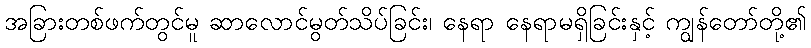
အခြားတစ်ဖက်တွင်မူ ဆာလောင်မွတ်သိပ်ခြင်း၊ နေရာ နေရာမရှိခြင်းနှင့် ကျွန်တော်တို့၏